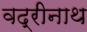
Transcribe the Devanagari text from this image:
वद्रीनाथ